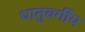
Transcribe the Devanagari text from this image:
धातुवर्गीय